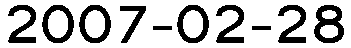
2007-02-28